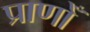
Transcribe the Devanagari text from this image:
प्राणोँ